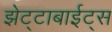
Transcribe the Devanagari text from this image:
झेट्टाबाईट्स